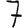
Digit: 7